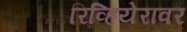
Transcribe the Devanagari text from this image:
रिव्हियेरावर